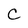
Character: C